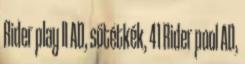
Rider play II AD, sötétkék, 41 Rider pool AD,